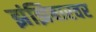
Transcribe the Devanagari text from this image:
झंझिबारवर